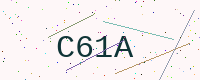
Text: C61A